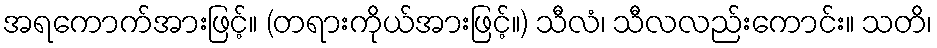
အရကောက်အားဖြင့်။ (တရားကိုယ်အားဖြင့်။) သီလံ၊ သီလလည်းကောင်း။ သတိ၊